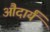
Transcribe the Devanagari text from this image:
औदार्यं